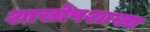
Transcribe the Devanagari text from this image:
शाखोपशाखा